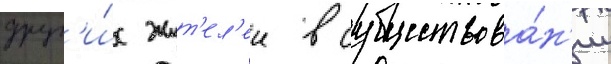
друг'и́х жит'ел'еи в существова́н'ии